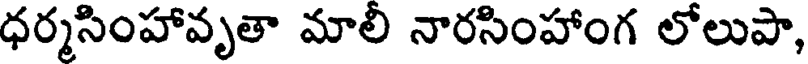
ధర్మసింహావృతా మాలి నారసింహాంగ లోలుపా,